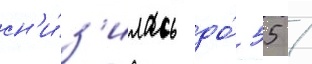
сн'и́з'илась до́ 55 /